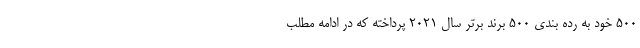
500 خود به رده بندی 500 برند برتر سال 2021 پرداخته که در ادامه مطلب